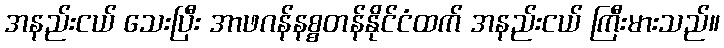
အနည်းငယ် သေးပြီး အာဖဂန်နစ္စတန်နိုင်ငံထက် အနည်းငယ် ကြီးမားသည်။